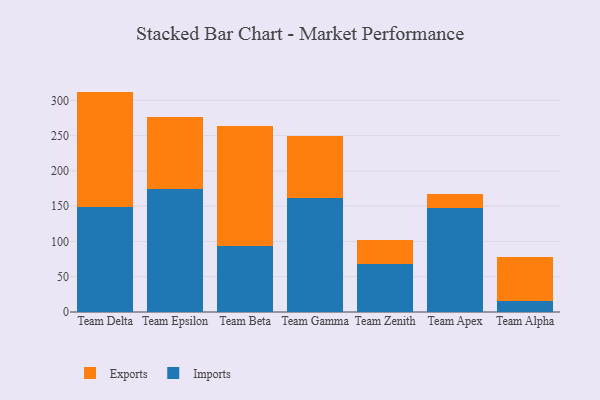
{"axis": {"x": "Team", "y": "Gross Profit (USD K)"}, "legend": ["Exports", "Imports"], "data": [{"x": "Team Delta", "y": 149.0, "type": "Imports"}, {"x": "Team Delta", "y": 163.4, "type": "Exports"}, {"x": "Team Epsilon", "y": 173.9, "type": "Imports"}, {"x": "Team Epsilon", "y": 102.4, "type": "Exports"}, {"x": "Team Beta", "y": 93.0, "type": "Imports"}, {"x": "Team Beta", "y": 170.9, "type": "Exports"}, {"x": "Team Gamma", "y": 162.2, "type": "Imports"}, {"x": "Team Gamma", "y": 87.0, "type": "Exports"}, {"x": "Team Zenith", "y": 68.4, "type": "Imports"}, {"x": "Team Zenith", "y": 33.7, "type": "Exports"}, {"x": "Team Apex", "y": 147.1, "type": "Imports"}, {"x": "Team Apex", "y": 20.5, "type": "Exports"}, {"x": "Team Alpha", "y": 15.3, "type": "Imports"}, {"x": "Team Alpha", "y": 62.9, "type": "Exports"}]}